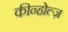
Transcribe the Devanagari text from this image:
कीन्होल्ज़